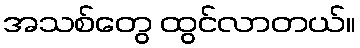
အသစ်တွေ ထွင်လာတယ်။